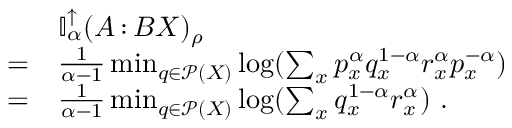
\begin{array} { r l } & { \mathbb { I } _ { \alpha } ^ { \uparrow } ( A { \, : \, } B X ) _ { \rho } } \\ { = } & { \frac { 1 } { \alpha - 1 } \operatorname* { m i n } _ { q \in \mathcal { P } ( X ) } \log ( \sum _ { x } p _ { x } ^ { \alpha } q _ { x } ^ { 1 - \alpha } r _ { x } ^ { \alpha } p _ { x } ^ { - \alpha } ) } \\ { = } & { \frac { 1 } { \alpha - 1 } \operatorname* { m i n } _ { q \in \mathcal { P } ( X ) } \log ( \sum _ { x } q _ { x } ^ { 1 - \alpha } r _ { x } ^ { \alpha } ) \ . } \end{array}